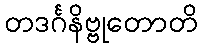
တဒင်္ဂနိဗ္ဗုတောတိ